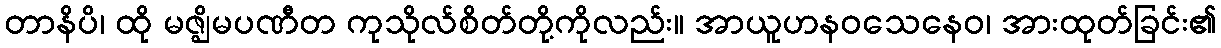
တာနိပိ၊ ထို မဇ္ဈိမပဏီတ ကုသိုလ်စိတ်တို့ကိုလည်း။ အာယူဟနဝသေနေဝ၊ အားထုတ်ခြင်း၏